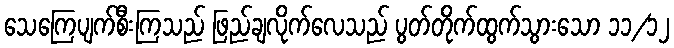
သေကြေပျက်စီးကြသည် ဖြည်ချလိုက်လေသည် ပွတ်တိုက်ထွက်သွားသော ၁၁/၁၂